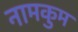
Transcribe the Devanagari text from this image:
नामकुम